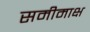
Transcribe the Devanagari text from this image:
समीमाक्ष